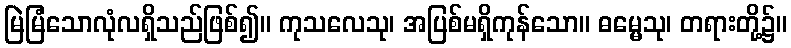
မြဲမြံသောလုံလရှိသည်ဖြစ်၍။ ကုသလေသု၊ အပြစ်မရှိကုန်သော။ ဓမ္မေသု၊ တရားတို့၌။